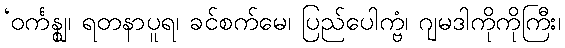
‘ဝင်္ကန္ဈ၊ ရတနာပူရ၊ ခင်စက်မေ၊ ပြည်ပေါက္ဗံ၊ ဂျမဒါကိုကိုကြီး၊